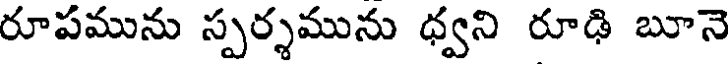
రూపమును స్పర్శమును ధ్వని రూఢి బూనె